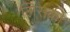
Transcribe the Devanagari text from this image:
लिसकी